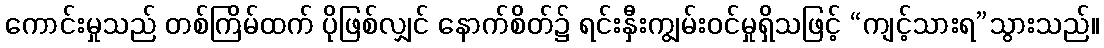
ကောင်းမှုသည် တစ်ကြိမ်ထက် ပိုဖြစ်လျှင် နောက်စိတ်၌ ရင်းနှီးကျွမ်းဝင်မှုရှိသဖြင့် “ကျင့်သားရ”သွားသည်။